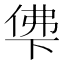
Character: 𰂖